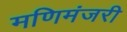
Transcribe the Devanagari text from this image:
मणिमंजरी